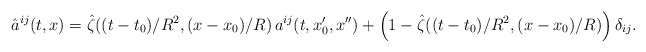
\begin{align*}\hat a^{ij}(t,x)=\hat\zeta ((t-t_0)/R^2,(x-x_0)/R )\,a^{ij}(t,x_0',x'') +\left(1-\hat\zeta((t-t_0)/R^2,(x-x_0)/R)\right)\delta_{ij}.\end{align*}